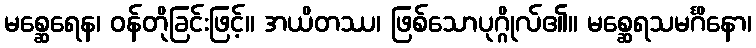
မစ္ဆေရေန၊ ဝန်တိုခြင်းဖြင့်။ အယိတဿ၊ ဖြစ်သောပုဂ္ဂိုလ်၏။ မစ္ဆေရသမင်္ဂိနော၊